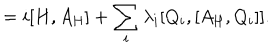
LaTeX: \mathrm { } = i [ H , A _ { \mathrm { H } } ] + \sum _ { i } ^ { } \lambda _ { i } [ Q _ { i } , [ A _ { \mathrm { H } } , Q _ { i } ] ] .